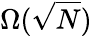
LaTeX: \Omega({\sqrt{N}})